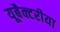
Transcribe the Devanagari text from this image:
यूबैक्टरीया